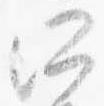
所